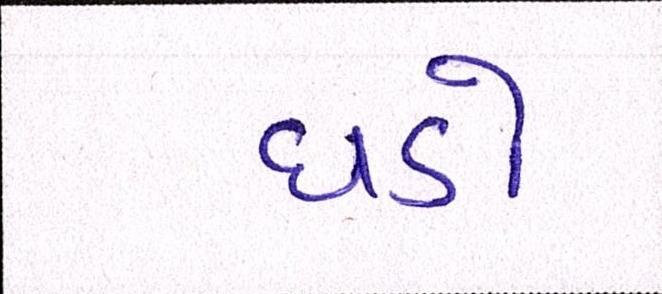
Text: ધડો